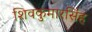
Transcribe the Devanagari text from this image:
शिवकुमारसिंह